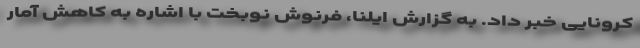
کرونایی خبر داد. به گزارش ایلنا،‌ فرنوش نوبخت با اشاره به کاهش آمار